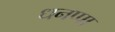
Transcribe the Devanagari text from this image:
धनप्पा